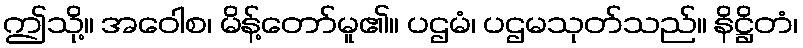
ဤသို့။ အဝေါစ၊ မိန့်တော်မူ၏။ ပဌမံ၊ ပဌမသုတ်သည်။ နိဋ္ဌိတံ၊